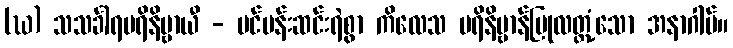
(ဃ) သသင်္ခါရပရိနိဗ္ဗာယီ - ပင်ပန်းဆင်းရဲစွာ ကိလေသ ပရိနိဗ္ဗာန်ပြုလတ္တံ့သော အနာဂါမ်။